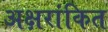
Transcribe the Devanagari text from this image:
अक्षरांकित